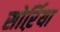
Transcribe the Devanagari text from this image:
सोर्ऱिया